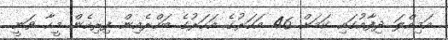
އަމިއްލަ ދިފާއުގައި ކަމަށް 46 އަހަރުގެ އަހަރުގެ ބަހްރެއިން ފިރިހެން މީހާ ވަނީ